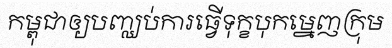
កម្ពុជាឲ្យបញ្ឈប់ការធ្វើទុក្ខបុកម្នេញក្រុម